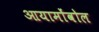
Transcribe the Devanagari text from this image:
आयामोंवोल